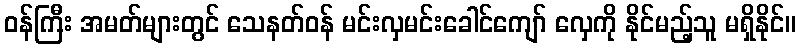
ဝန်ကြီး အမတ်များတွင် သေနတ်ဝန် မင်းလှမင်းခေါင်ကျော် လှေကို နိုင်မည့်သူ မရှိနိုင်။